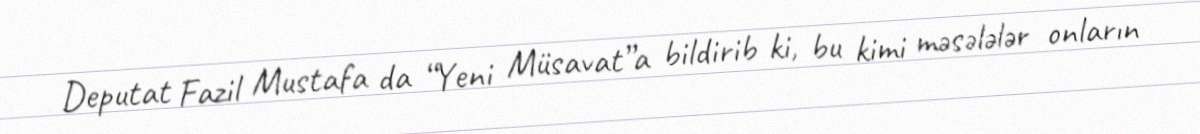
Deputat Fazil Mustafa da “Yeni Müsavat”a bildirib ki, bu kimi məsələlər onların